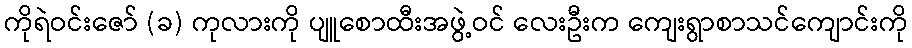
ကိုရဲဝင်းဇော် (ခ) ကုလားကို ပျူစောထီးအဖွဲ့ဝင် လေးဦးက ကျေးရွာစာသင်ကျောင်းကို